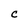
Character: C